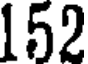
152